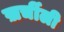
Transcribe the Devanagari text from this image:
ख़र्चीली